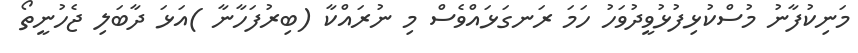
މަނިކުފާނު މުސްކުޅިފުޅުވީދުވަހު ހަމަ ރަނގަޅައްވެސް މި ނުރައްކާ (ބިރުފަހާނާ )އަޅަ ދާބަލި ޖެހުނީތޯ